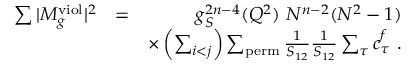
\begin{array} { r l r } { \sum \vert M _ { g } ^ { \mathrm { v i o l } } \vert ^ { 2 } } & { = } & { g _ { S } ^ { 2 n - 4 } ( Q ^ { 2 } ) ~ N ^ { n - 2 } ( N ^ { 2 } - 1 ) } \\ & { } & { \times \left( \sum _ { i < j } \right) \sum _ { \mathrm { p e r m } } \frac { 1 } { S _ { 1 2 } } \frac { 1 } { S _ { 1 2 } } \sum _ { \tau } c _ { \tau } ^ { f } ~ . } \end{array}